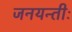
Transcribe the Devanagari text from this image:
जनयन्तीः